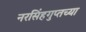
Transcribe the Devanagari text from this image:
नरसिंहगुप्तच्या